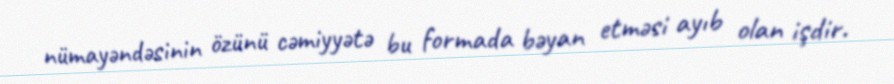
nümayəndəsinin özünü cəmiyyətə bu formada bəyan etməsi ayıb olan işdir.